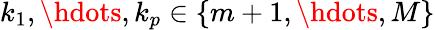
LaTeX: k_{1},\hdots,k_{p}\in\{ m+1,\hdots,M\}